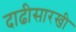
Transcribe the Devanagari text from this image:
दाढीसारखी